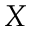
X